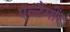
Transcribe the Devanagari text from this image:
एल्टैमीर